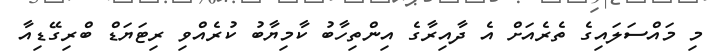
މި މައްސަލައިގެ ތެރެއަށް އެ ދާއިރާގެ އިންތިހާބު ކާމިޔާބު ކުރެއްވި ރިޓަޔަޑް ބްރިގޭޑިއާ